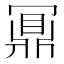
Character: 𪔃